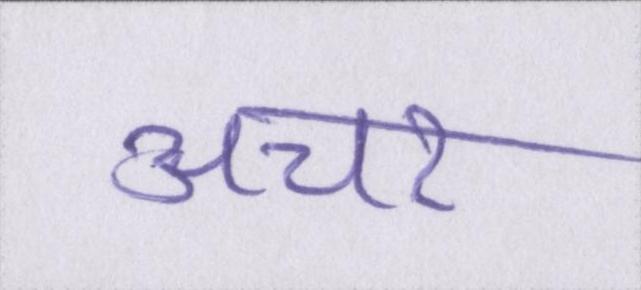
अचर